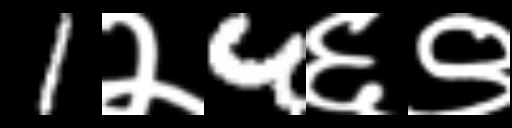
Text: 1२4६९